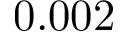
0 . 0 0 2